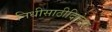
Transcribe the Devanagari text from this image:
निधीसाठीदिलेल्या